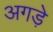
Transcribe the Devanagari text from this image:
अगड़े